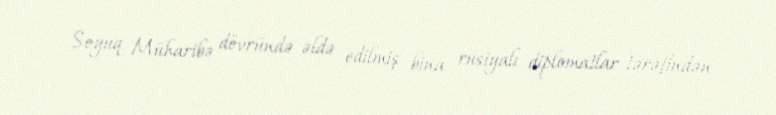
Soyuq Müharibə dövründə əldə edilmiş bina rusiyalı diplomatlar tərəfindən